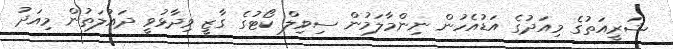
ޝަރީއަތުގެ މިއަދުގެ އަޑުއެހުން ނިންމާލަމުން ސިވިލް ކޯޓުގެ ގާޒީ ވިދާޅުވީ ދައުލަތުން މިއަދު